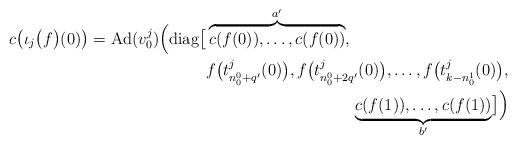
LaTeX: \begin{align*}\begin{aligned}c\bigl(\iota_j\bigl(f\bigr)(0)\bigr) = \operatorname{Ad}(v_0^j) \Bigl( \operatorname{diag}\bigl[&\overbrace{c(f(0)), \dots, c(f(0))}^{a'}, \\&f\bigl(t_{n_0^0 + q'}^j(0)\bigr), f\bigl(t_{n_0^0 + 2q'}^j(0)\bigr), \dots, f\bigl(t_{k-n_0^1}^j(0)\bigr), \\&\qquad\qquad\qquad\qquad\quad\underbrace{c(f(1)), \dots, c(f(1))}_{b'} \bigr] \Bigr) \end{aligned}\end{align*}